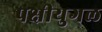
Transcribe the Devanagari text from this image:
पक्षीयुगल